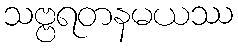
သဗ္ဗရတနမယဿ